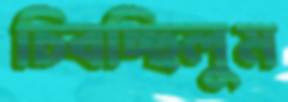
চিবচ্ছিলুম